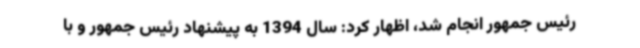
رئیس جمهور انجام شد، اظهار کرد: سال 1394 به پیشنهاد رئیس جمهور و با